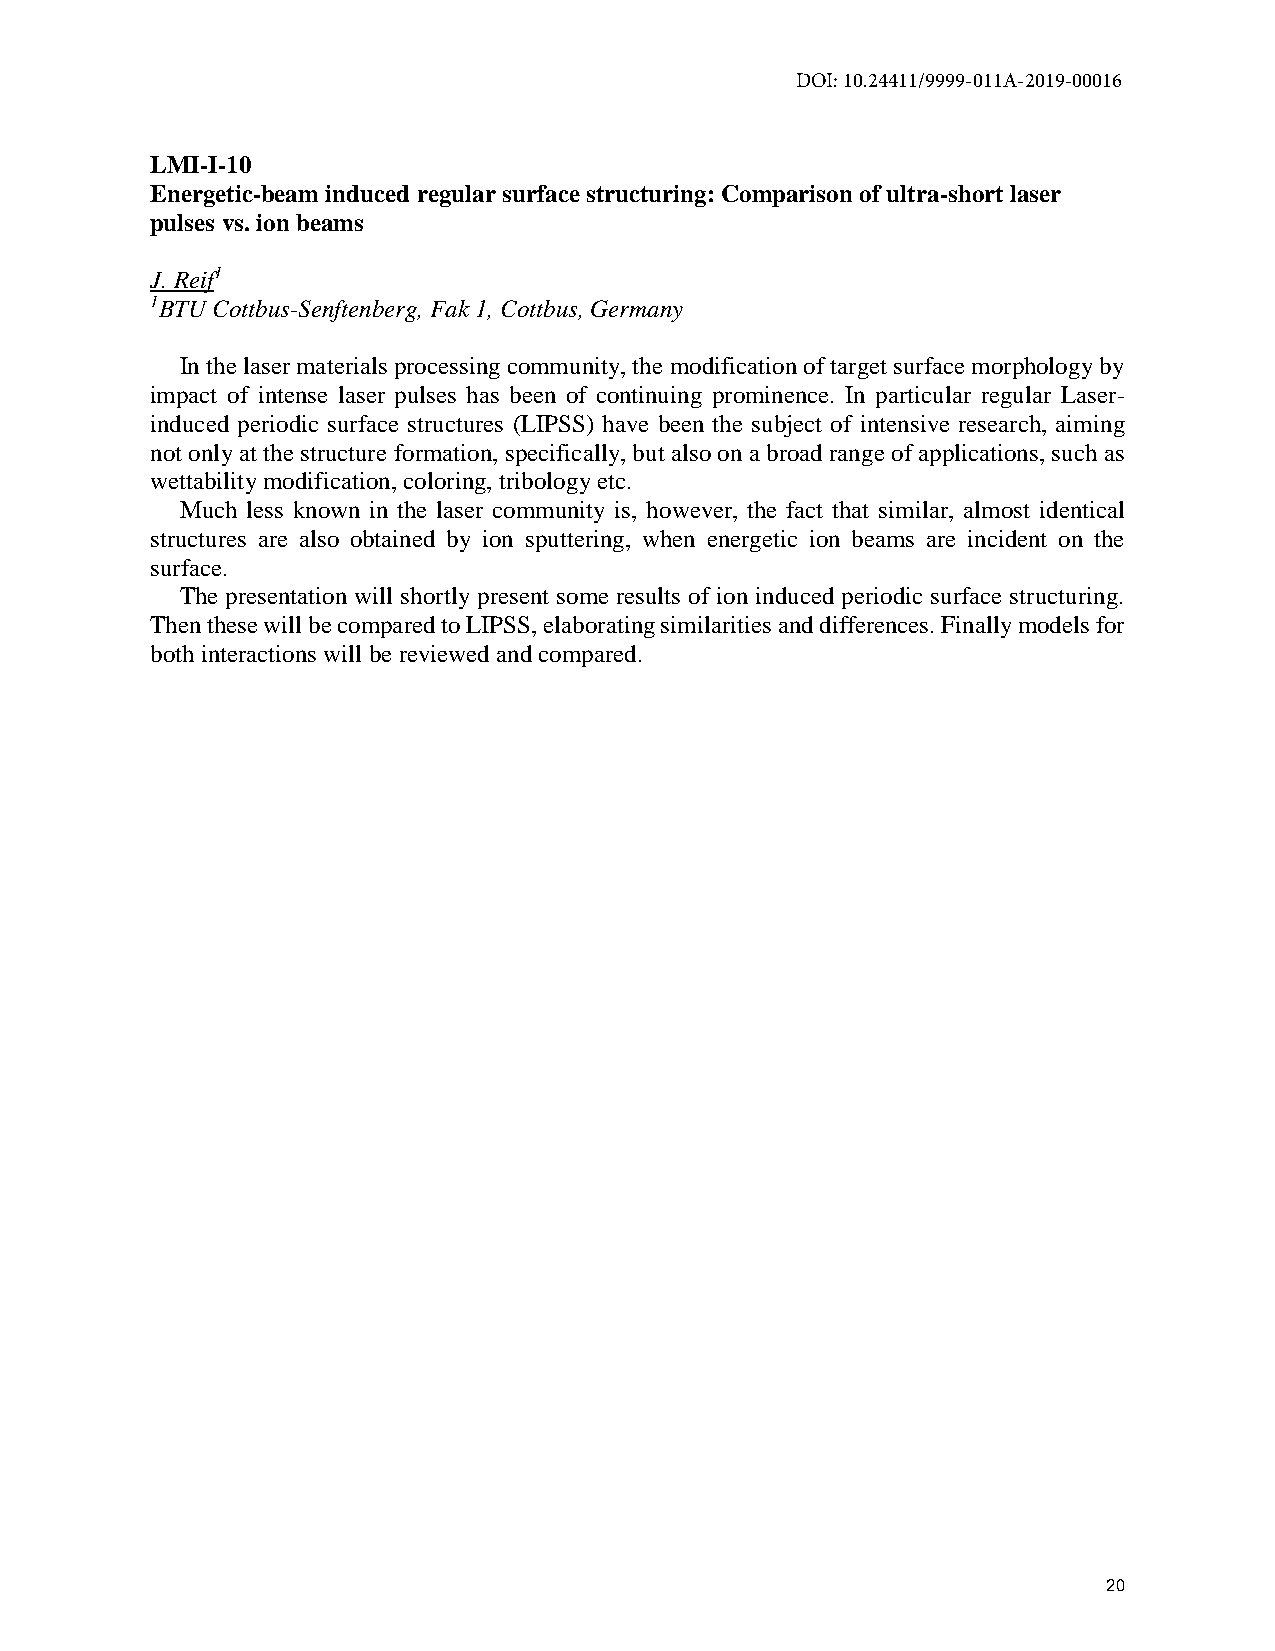
DOI: 10.24411/9999-011A-2019-00016
 LMI-I-10
 Energetic-beam induced regular surface structuring: Comparison of ultra-short laser
 pulses vs. ion beams
 J. Reif1
 1BTU Cottbus-Senftenberg, Fak 1, Cottbus, Germany
 In the laser materials processing community, the modification of target surface morphology by
 impact of intense laser pulses has been of continuing prominence. In particular regular Laser-
 induced periodic surface structures (LIPSS) have been the subject of intensive research, aiming
 not only at the structure formation, specifically, but also on a broad range of applications, such as
 wettability modification, coloring, tribology etc.
 Much less known in the laser community is, however, the fact that similar, almost identical
 structures are also obtained by ion sputtering, when energetic ion beams are incident on the
 surface.
 The presentation will shortly present some results of ion induced periodic surface structuring.
 Then these will be compared to LIPSS, elaborating similarities and differences. Finally models for
 both interactions will be reviewed and compared.
 20